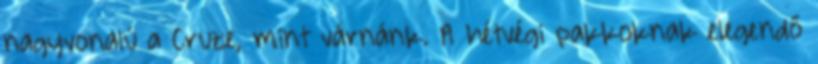
nagyvonalú a Cruze, mint várnánk. A hétvégi pakkoknak elegendő